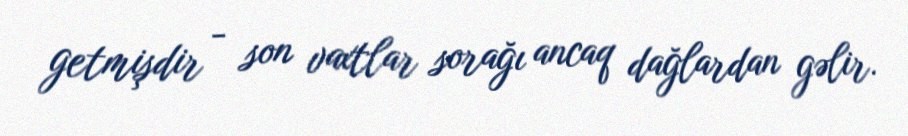
getmişdir - son vaxtlar sorağı ancaq dağlardan gəlir.